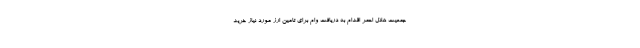
جمعیت هلال احمر اقدام به دریافت وام برای تامین ارز مورد نیاز خرید